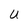
Character: U